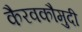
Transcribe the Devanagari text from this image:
कैरवकौमुदी